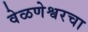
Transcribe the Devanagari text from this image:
वेळणेश्वरचा